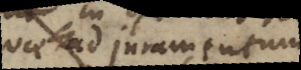
quae ad juramentum